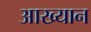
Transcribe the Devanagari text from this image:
आख्‍यान